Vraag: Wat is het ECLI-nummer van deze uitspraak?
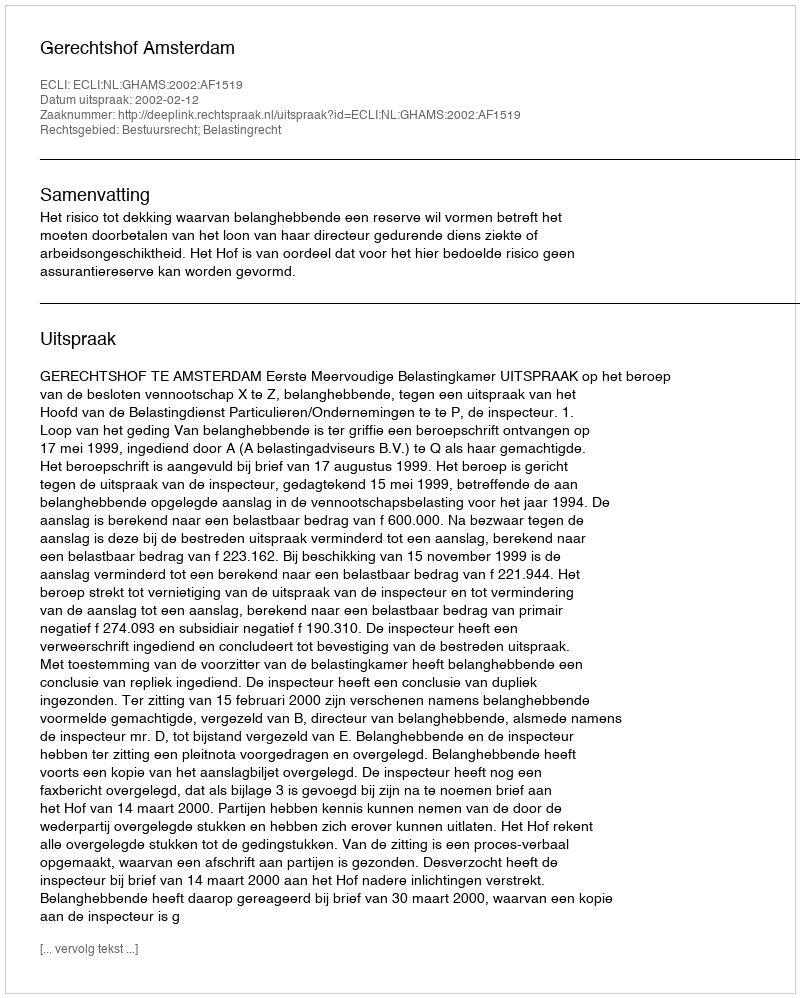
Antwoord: ECLI:NL:GHAMS:2002:AF1519